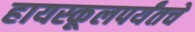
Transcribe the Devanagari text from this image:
हायस्कूलपर्यंतचे